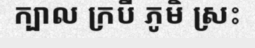
ក្បាល ក្របី ភូមិ ស្រះ